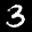
Label: 3